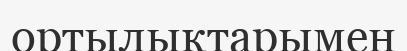
ортылықтарымен